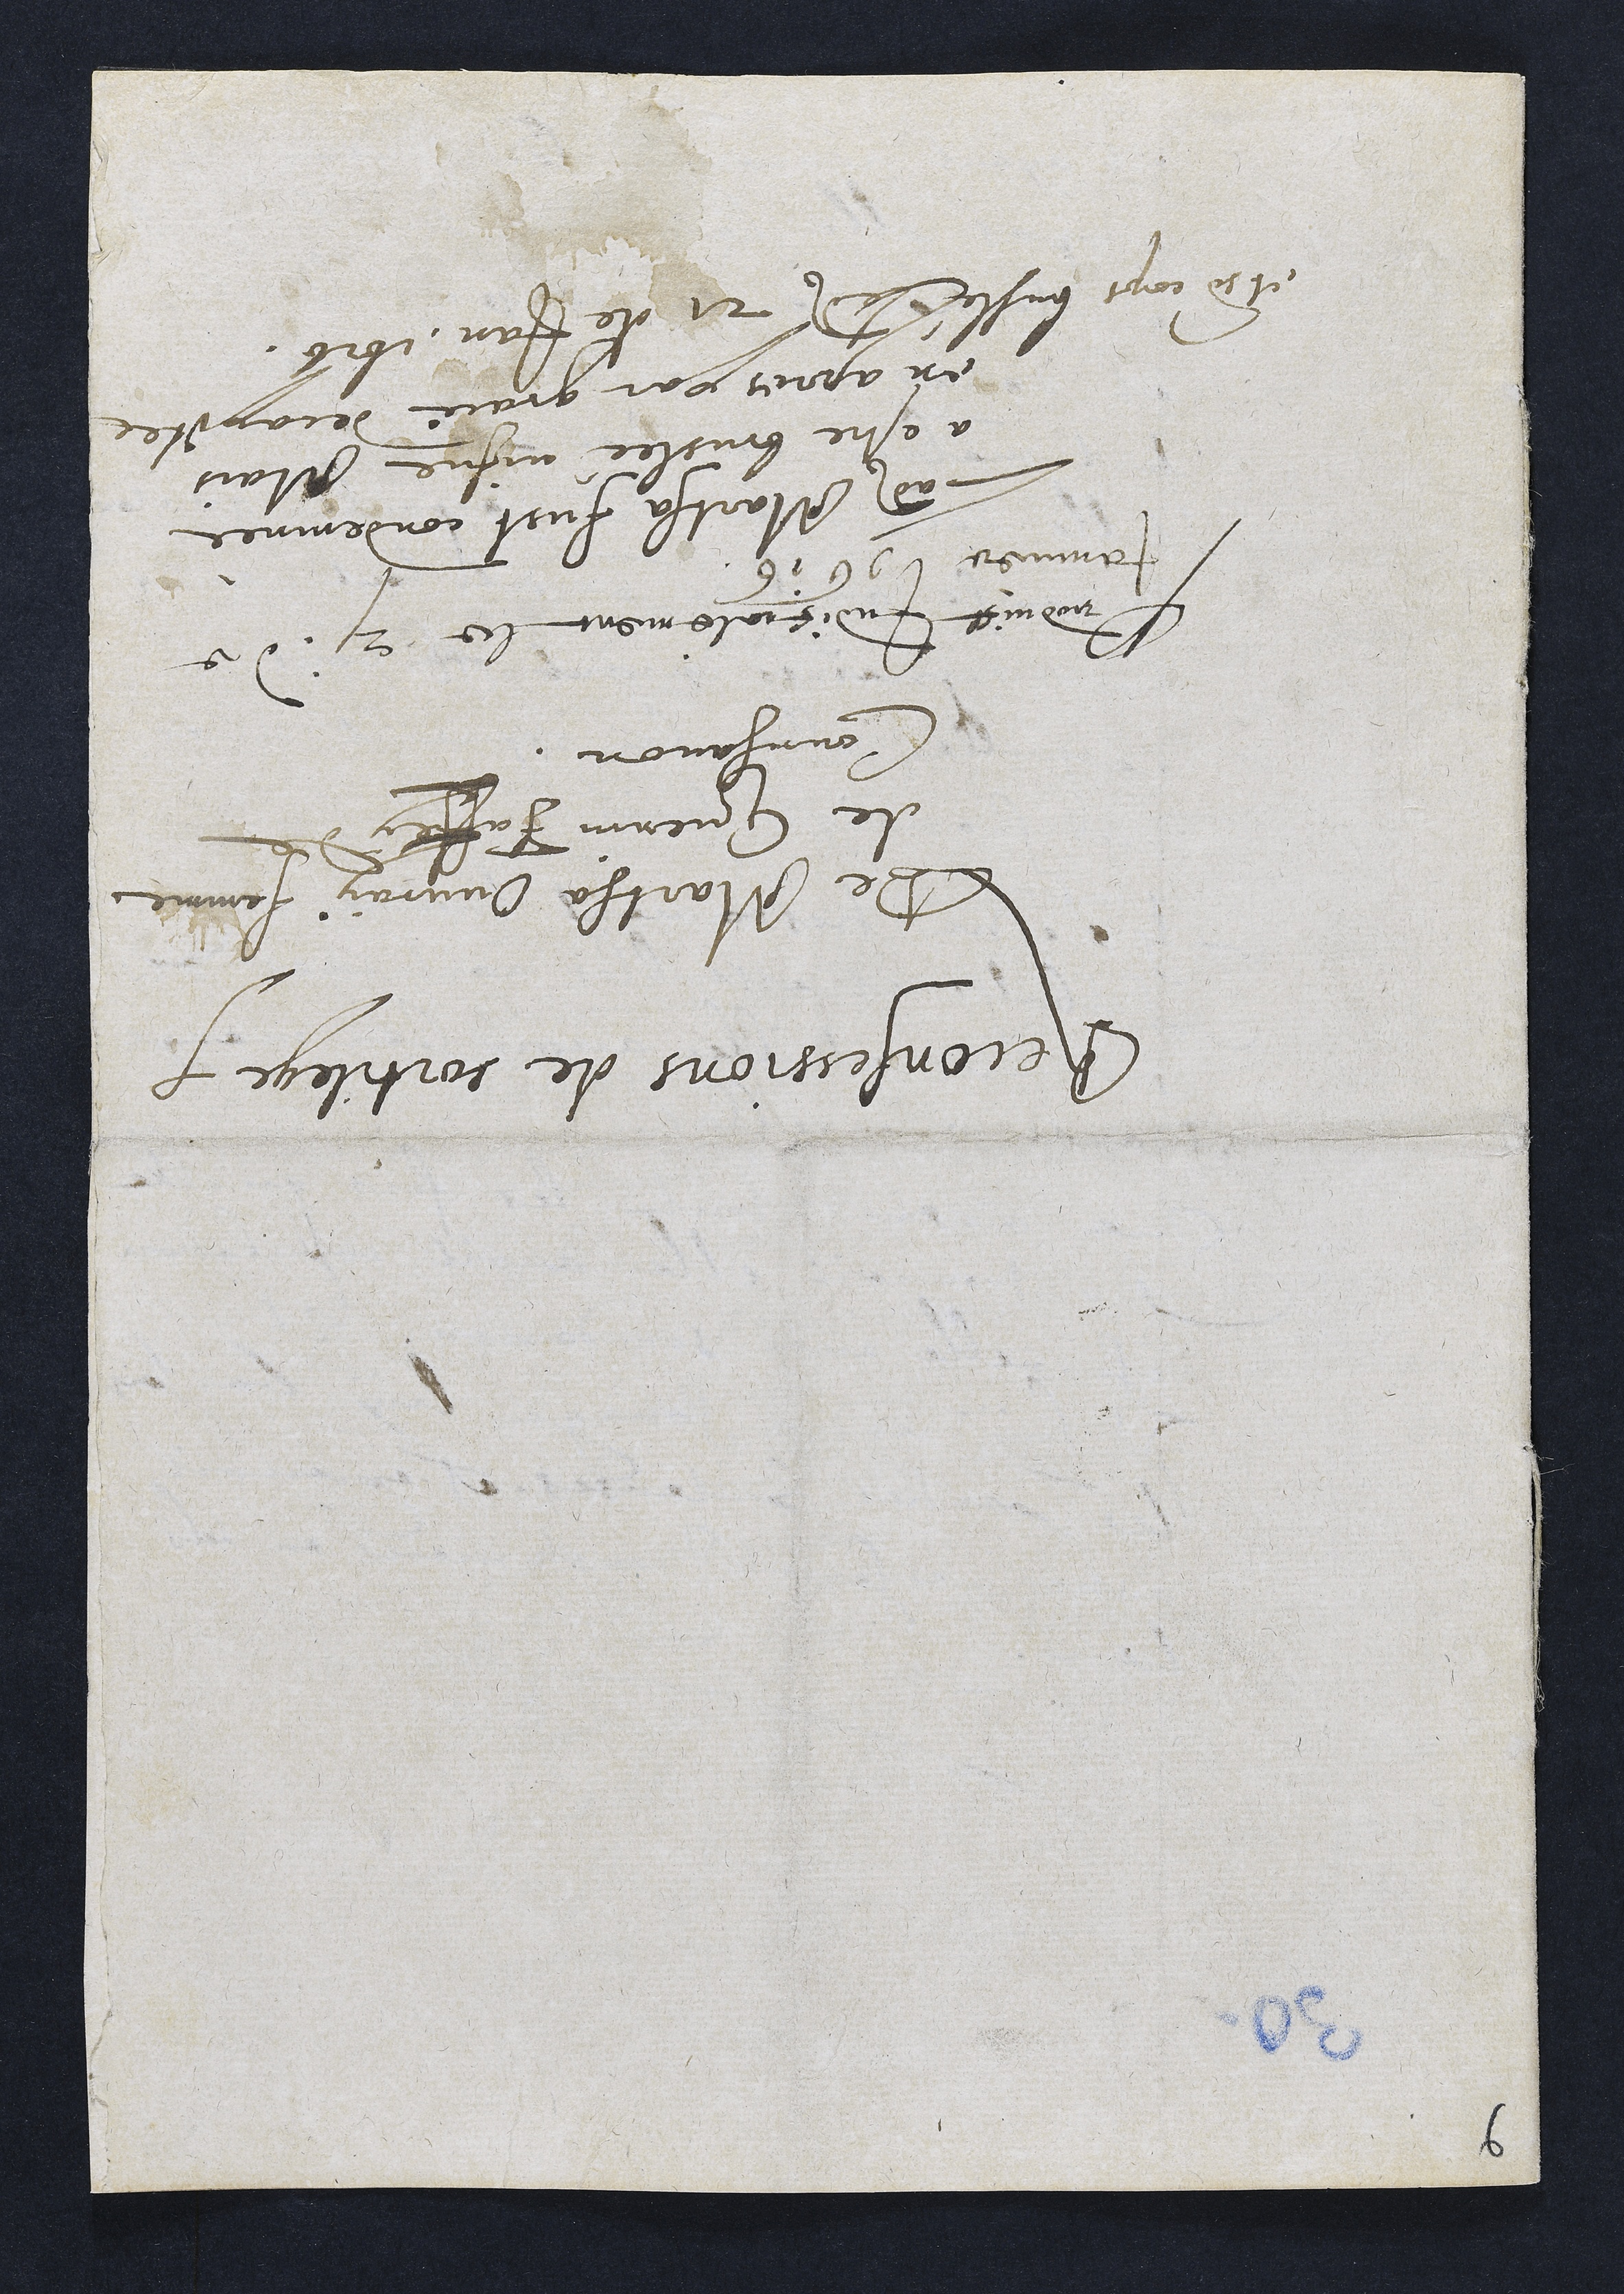
Deconfessions de sortilege f.
De Martha Ouvray femme
de Guenin Faffy de
Courgavon.
Ludduict Inditaulement lee 21 de
Jamnee 96 16
Ladite Martha fust condeminée
a estre bruslée vifne Mais
en apren par grare drcapitee
et rocomps busle ladite 21 de Janv 1616.